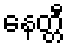
နေတ္တီ